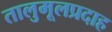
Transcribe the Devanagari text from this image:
तालुमूलप्रदाह